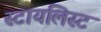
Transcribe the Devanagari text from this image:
स्टायलिस्ट